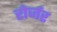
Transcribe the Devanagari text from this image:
रोर्जर